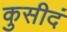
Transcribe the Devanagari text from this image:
कुसीदं